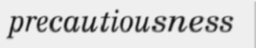
precautiousness